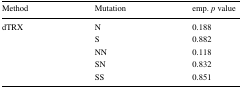
<table><thead><tr><td><b>Method</b></td><td><b>Mutation</b></td><td><b>emp. <i>p</i> value</b></td></tr></thead><tbody><tr><td rowspan="5">dTRX</td><td>N</td><td>0.188</td></tr><tr><td>S</td><td>0.882</td></tr><tr><td>NN</td><td>0.118</td></tr><tr><td>SN</td><td>0.832</td></tr><tr><td>SS</td><td>0.851</td></tr></tbody></table>